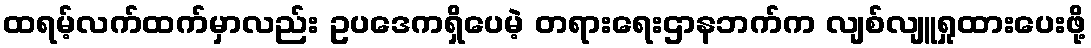
ထရမ့်လက်ထက်မှာလည်း ဥပဒေကရှိပေမဲ့ တရားရေးဌာနဘက်က လျစ်လျူရှုထားပေးဖို့